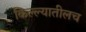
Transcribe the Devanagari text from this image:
किल्ल्यातीलच